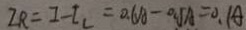
I R = I - I _ { L } = 0 . 6 A - 0 . 5 A = 0 . 1 A